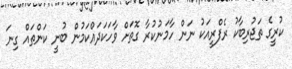
ކުރީގެ ތަޖުރިބާކު ރެފްރީއަކު ނަން ހާމަނުކުރާ ގޮތަށް ވާހަކަދައްކަމުން ބުނީ ކަންތައް ގިނަ